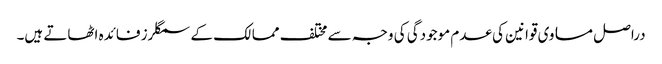
دراصل مساوی قوانین کی عدم موجودگی کی وجہ سے مختلف ممالک کے سمگلرز فائدہ اٹھاتے ہیں۔